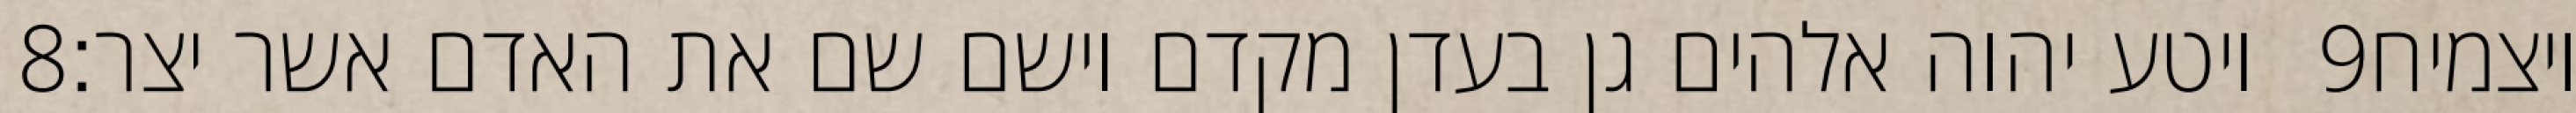
‎8‏ ויטע יהוה אלהים גן בעדן מקדם וישם שם את האדם אשר יצר׃ ‎9‏ ויצמיח